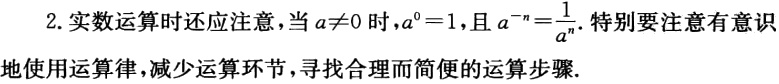
2. 实数运算时还应注意，当\(a\neq0\)时，\(a^{0}=1\)，且\(a^{-n}=\frac{1}{a^{n}}\). 特别要注意有意识地使用运算律，减少运算环节，寻找合理而简便的运算步骤.